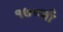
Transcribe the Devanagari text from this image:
१७८वाँ